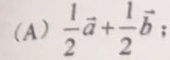
( A ) \frac { 1 } { 2 } \overline { a } + \frac { 1 } { 2 } \overline { b } :